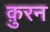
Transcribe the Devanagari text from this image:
क़ुरन